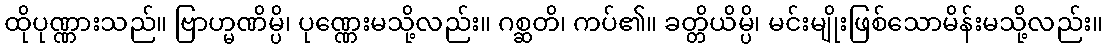
ထိုပုဏ္ဏားသည်။ ဗြာဟ္မဏိမ္ပိ၊ ပုဏ္ဏေးမသို့လည်း။ ဂစ္ဆတိ၊ ကပ်၏။ ခတ္တိယိမ္ပိ၊ မင်းမျိုးဖြစ်သောမိန်းမသို့လည်း။